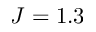
J = 1 . 3